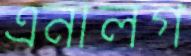
এনালগ